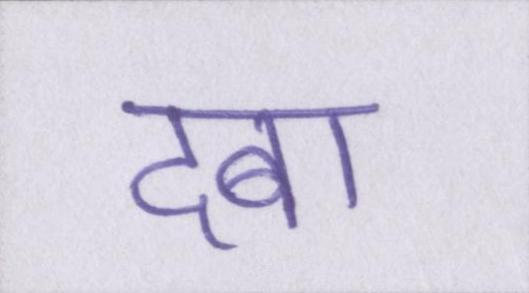
दबा